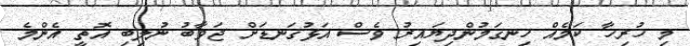
މި ހުރިހާ ކަމެއް ހިނގަމުންދިޔައިރު ވެސް އަޅުގަނޑަށް ޖަވާބު ނުލިބި އޮތީ އެންމެ